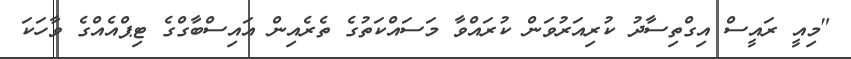
"މިއީ ރައީސް އިގްތިސާދު ކުރިއަރުވަން ކުރައްވާ މަސައްކަތުގެ ތެރެއިން އައިސްބާގްގެ ޓިޕްއެއްގެ ވާހަކަ